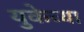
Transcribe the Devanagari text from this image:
युकेच्या